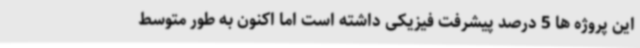
این پروژه ها 5 درصد پیشرفت فیزیکی داشته است اما اکنون به طور متوسط